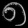
Digit: ၈